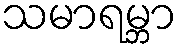
သမာရမ္ဘာ